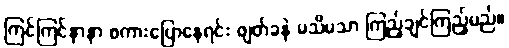
ကြင်ကြင်နာနာ စကားပြောနေရင်း ဖျတ်ခနဲ မသိမသာ ကြည့်ချင်ကြည့်မည်။